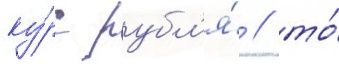
ку́рс рубл'я́ / то́